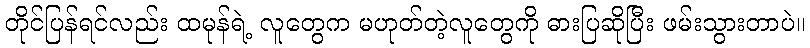
တိုင်ပြန်ရင်လည်း ထမုန်ရဲ့ လူတွေက မဟုတ်တဲ့လူတွေကို ဓားပြဆိုပြီး ဖမ်းသွားတာပဲ။